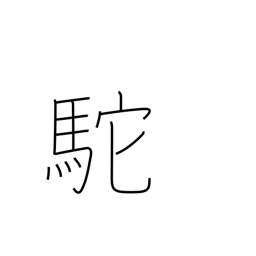
Meaning: hunchback